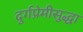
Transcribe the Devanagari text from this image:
दुर्गप्रेमीसुद्धा